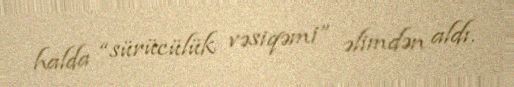
halda “sürücülük vəsiqəmi” əlimdən aldı.